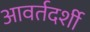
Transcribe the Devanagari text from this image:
आवर्तदर्शी